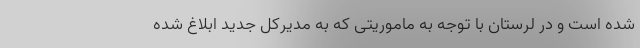
شده است و در لرستان با توجه به ماموریتی که به مدیرکل جدید ابلاغ شده